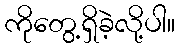
ကိုတွေ့ရှိခဲ့လို့ပါ။